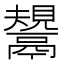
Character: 鬹